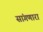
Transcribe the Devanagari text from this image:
सांंगणारा